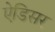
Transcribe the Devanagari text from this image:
ऐडिसर